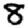
Digit: 8